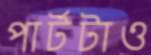
পার্টটাও